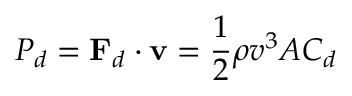
P _ { d } = \mathbf { F } _ { d } \cdot \mathbf { v } = { \frac { 1 } { 2 } } \rho v ^ { 3 } A C _ { d }